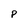
Character: P